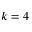
k = 4